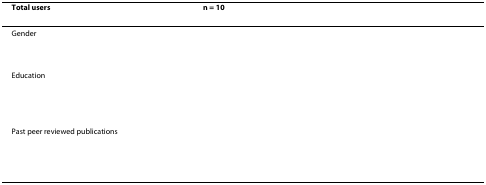
<table><thead><tr><td><b>Total users</b></td><td><b>n = 10</b></td><td>[EMPTY_CELL]</td></tr></thead><tbody><tr><td>Gender</td><td>[EMPTY_CELL]</td><td>[EMPTY_CELL]</td></tr><tr><td>[EMPTY_CELL]</td><td>[EMPTY_CELL]</td><td>[EMPTY_CELL]</td></tr><tr><td>Education</td><td>[EMPTY_CELL]</td><td>[EMPTY_CELL]</td></tr><tr><td>[EMPTY_CELL]</td><td>[EMPTY_CELL]</td><td>[EMPTY_CELL]</td></tr><tr><td>[EMPTY_CELL]</td><td>[EMPTY_CELL]</td><td>[EMPTY_CELL]</td></tr><tr><td>Past peer reviewed publications</td><td>[EMPTY_CELL]</td><td>[EMPTY_CELL]</td></tr><tr><td>[EMPTY_CELL]</td><td>[EMPTY_CELL]</td><td>[EMPTY_CELL]</td></tr><tr><td>[EMPTY_CELL]</td><td>[EMPTY_CELL]</td><td>[EMPTY_CELL]</td></tr><tr><td>[EMPTY_CELL]</td><td>[EMPTY_CELL]</td><td>[EMPTY_CELL]</td></tr></tbody></table>